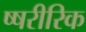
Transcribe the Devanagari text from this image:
ष्षरीरिक